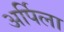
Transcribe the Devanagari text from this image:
अर्पिला